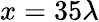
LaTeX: x=35\lambda